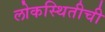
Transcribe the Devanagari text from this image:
लोकस्थितीची